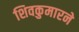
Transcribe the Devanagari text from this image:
शिवकुमारने